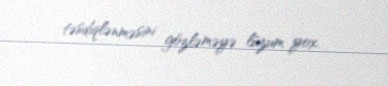
təsdiqlənməsini gözləməyə lüzum yox.